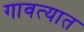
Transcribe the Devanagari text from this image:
गावत्यात